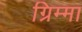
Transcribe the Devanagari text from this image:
ग्रिम्मा